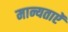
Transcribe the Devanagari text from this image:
मान्यताऐं